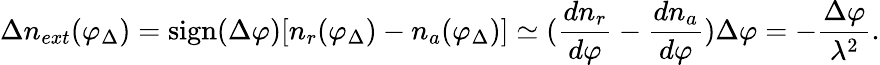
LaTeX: \Delta n_{ext}(\varphi_{\Delta})=\mathrm{sign}(\Delta\varphi)[n_{r}(\varphi_{\Delta})-n_{a}(\varphi_{\Delta})]\simeq({\frac{dn_{r}}{d\varphi}}-{\frac{dn_{a}}{d\varphi}})\Delta\varphi=-{\frac{\Delta\varphi}{\lambda^{2}}}.